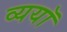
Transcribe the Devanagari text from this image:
व्ययॉ